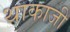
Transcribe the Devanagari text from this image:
थाकाजी